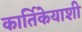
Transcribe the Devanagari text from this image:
कार्तिकेयाशी